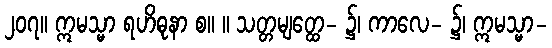
၂၀၇။ ဣမသ္မာ ရဟိဓုနာ စ။ ။ သတ္တမျတ္ထေ- ၌၊ ကာလေ- ၌၊ ဣမသ္မာ-